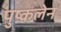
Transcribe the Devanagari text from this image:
पुष्कलेन